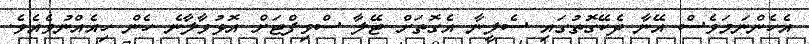
އެހެންނަމަވެސް އޭނާ ދެކޭގޮތުގައި ސެލީނާ އެގޮތަށް ޓޭލާ ސްވިފްޓަށް އޮޅުވާލާނެ ހެން ހިއެއްނުވެއެވެ.